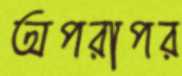
অপরাপর